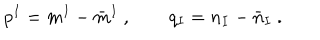
LaTeX: p ^ { I } = m ^ { I } - \bar { m } ^ { I } \ , \qquad q _ { I } = n _ { I } - \bar { n } _ { I } \ .